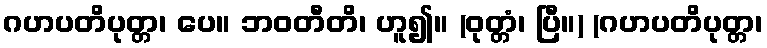
ဂဟပတိပုတ္တ၊ ပေ။ ဘဝတီတိ၊ ဟူ၍။ (ဝုတ္တံ၊ ပြီ။) (ဂဟပတိပုတ္တ၊